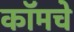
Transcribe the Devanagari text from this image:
कॉमचे